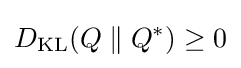
D_{\text{KL}}(Q\parallel Q^{*})\geq 0